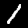
Label: 1